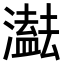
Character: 𤂠